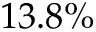
1 3 . 8 \%